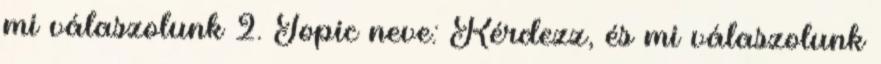
mi válaszolunk 2. Topic neve: Kérdezz, és mi válaszolunk